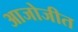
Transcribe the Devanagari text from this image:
आजोजीत